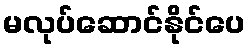
မလုပ်ဆောင်နိုင်ပေ